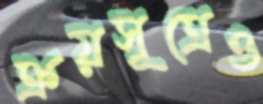
ক্রয়সূত্রেও